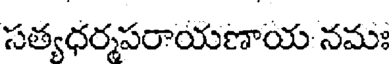
సత్యధర్మపరాయణాయ నమః